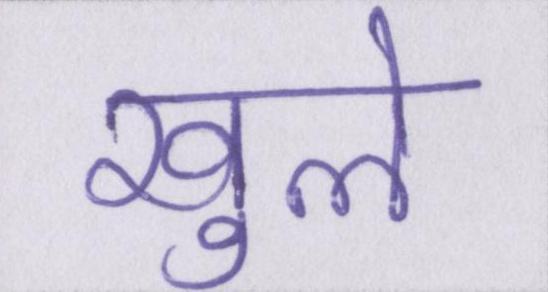
खुले